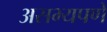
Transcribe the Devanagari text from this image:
असभ्यपणे